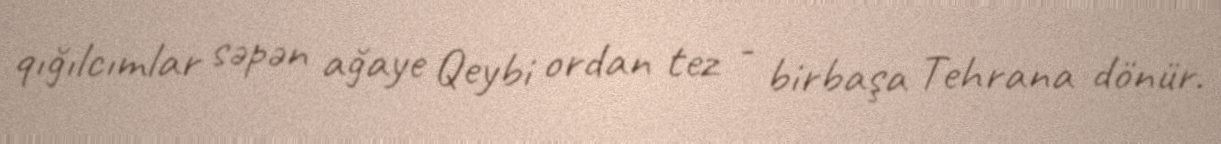
qığılcımlar səpən ağaye Qeybi ordan tez - birbaşa Tehrana dönür.